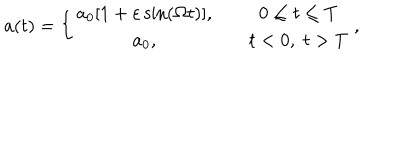
a ( t ) = \left\{ \begin{array} { c c } { { a _ { 0 } [ 1 + \varepsilon \sin ( \Omega t ) ] , } } & { { \quad 0 \leq t \leq T } } \\ { { a _ { 0 } , } } & { { \quad t < 0 , \; t > T } } \\ \end{array} \right. ,